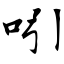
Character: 吲